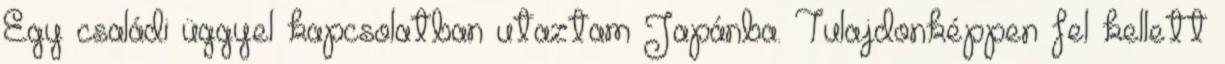
Egy családi üggyel kapcsolatban utaztam Japánba. Tulajdonképpen fel kellett